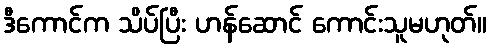
ဒီကောင်က သိပ်ပြီး ဟန်ဆောင် ကောင်းသူမဟုတ်။